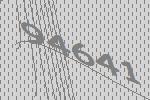
94641